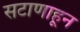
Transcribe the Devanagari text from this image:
सटाणाहून